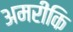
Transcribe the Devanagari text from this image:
अमरीकि